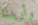
وأريدك